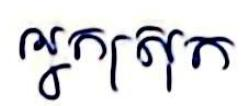
អ្នកស្រុក